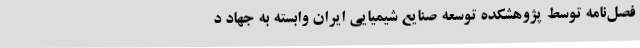
فصل‌نامه توسط پژوهشکده توسعه صنایع شیمیایی ایران وابسته به جهاد د